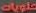
حلويات